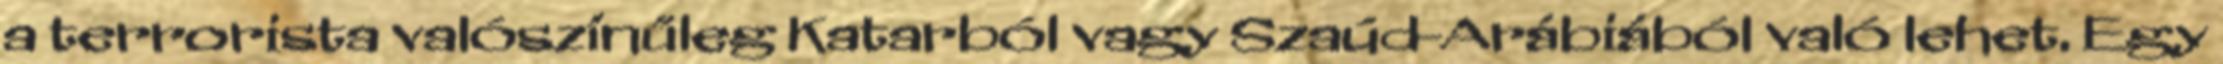
a terrorista valószínűleg Katarból vagy Szaúd-Arábiából való lehet. Egy